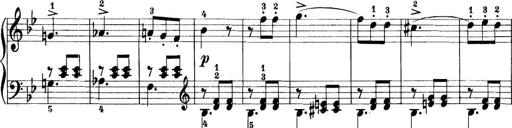
Title: 11 Sonatinas
Composer: Anton Diabelli